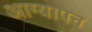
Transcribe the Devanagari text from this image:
आग्यापन